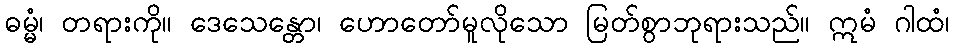
ဓမ္မံ၊ တရားကို။ ဒေသေန္တော၊ ဟောတော်မူလိုသော မြတ်စွာဘုရားသည်။ ဣမံ ဂါထံ၊